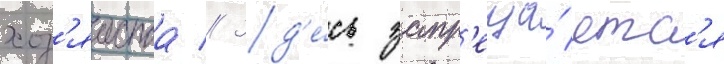
хоз'яиства // Зд'е́сь запр'еща́етс'я